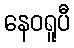
နေဝရူပီ